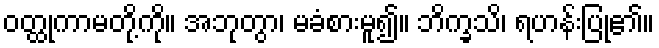
ဝတ္ထုကာမတို့ကို။ အဘုတွာ၊ မခံစားမူ၍။ ဘိက္ခသိ၊ ရဟန်းပြု၏။